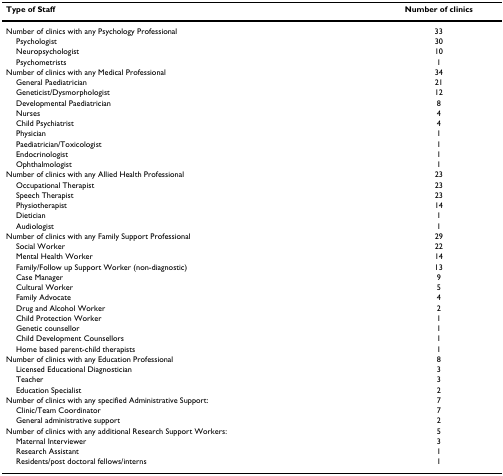
<table><thead><tr><td><b>Type of Staff</b></td><td><b>Number of clinics</b></td></tr></thead><tbody><tr><td>Number of clinics with any Psychology Professional</td><td>33</td></tr><tr><td> Psychologist</td><td>30</td></tr><tr><td> Neuropsychologist</td><td>10</td></tr><tr><td> Psychometrists</td><td>1</td></tr><tr><td>Number of clinics with any Medical Professional</td><td>34</td></tr><tr><td> General Paediatrician</td><td>21</td></tr><tr><td> Geneticist/Dysmorphologist</td><td>12</td></tr><tr><td> Developmental Paediatrician</td><td>8</td></tr><tr><td> Nurses</td><td>4</td></tr><tr><td> Child Psychiatrist</td><td>4</td></tr><tr><td> Physician</td><td>1</td></tr><tr><td> Paediatrician/Toxicologist</td><td>1</td></tr><tr><td> Endocrinologist</td><td>1</td></tr><tr><td> Ophthalmologist</td><td>1</td></tr><tr><td>Number of clinics with any Allied Health Professional</td><td>23</td></tr><tr><td> Occupational Therapist</td><td>23</td></tr><tr><td> Speech Therapist</td><td>23</td></tr><tr><td> Physiotherapist</td><td>14</td></tr><tr><td> Dietician</td><td>1</td></tr><tr><td> Audiologist</td><td>1</td></tr><tr><td>Number of clinics with any Family Support Professional</td><td>29</td></tr><tr><td> Social Worker</td><td>22</td></tr><tr><td> Mental Health Worker</td><td>14</td></tr><tr><td> Family/Follow up Support Worker (non-diagnostic)</td><td>13</td></tr><tr><td> Case Manager</td><td>9</td></tr><tr><td> Cultural Worker</td><td>5</td></tr><tr><td> Family Advocate</td><td>4</td></tr><tr><td> Drug and Alcohol Worker</td><td>2</td></tr><tr><td> Child Protection Worker</td><td>1</td></tr><tr><td> Genetic counsellor</td><td>1</td></tr><tr><td> Child Development Counsellors</td><td>1</td></tr><tr><td> Home based parent-child therapists</td><td>1</td></tr><tr><td>Number of clinics with any Education Professional</td><td>8</td></tr><tr><td> Licensed Educational Diagnostician</td><td>3</td></tr><tr><td> Teacher</td><td>3</td></tr><tr><td> Education Specialist</td><td>2</td></tr><tr><td>Number of clinics with any specified Administrative Support:</td><td>7</td></tr><tr><td> Clinic/Team Coordinator</td><td>7</td></tr><tr><td> General administrative support</td><td>2</td></tr><tr><td>Number of clinics with any additional Research Support Workers:</td><td>5</td></tr><tr><td> Maternal Interviewer</td><td>3</td></tr><tr><td> Research Assistant</td><td>1</td></tr><tr><td> Residents/post doctoral fellows/interns</td><td>1</td></tr></tbody></table>